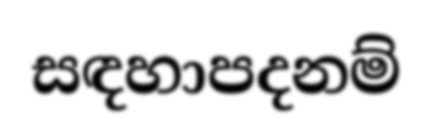
සඳහාපදනම්